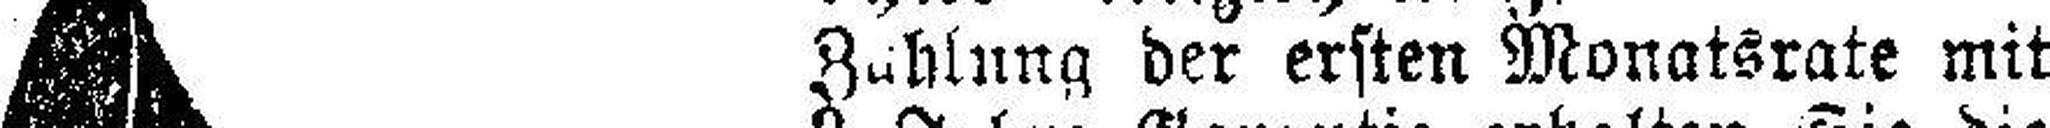
Zahlung der ersten Monatsrate mit